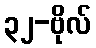
၃၂-ဗိုလ်